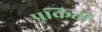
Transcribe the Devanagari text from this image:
प्रक्रिता